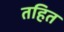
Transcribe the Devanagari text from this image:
तहित